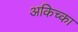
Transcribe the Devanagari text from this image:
अकिच्का